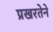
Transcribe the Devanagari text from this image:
प्रखरतेने